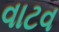
વાટવ